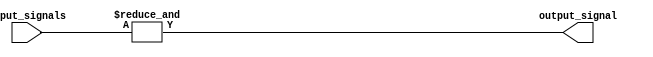
module eight_input_and_gate (
    input [7:0] input_signals,
    output output_signal
);

assign output_signal = &input_signals;

endmodule